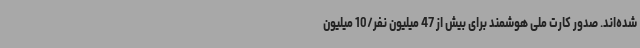
شده‌اند. صدور کارت ملی هوشمند برای بیش از 47 میلیون نفر/10 میلیون